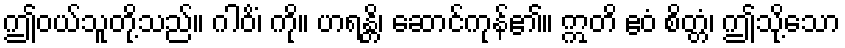
ဤဝယ်သူတို့သည်။ ဂါဝိံ၊ ကို။ ဟရန္တိ၊ ဆောင်ကုန်၏။ ဣတိ ဧဝံ စိတ္တံ၊ ဤသို့သော